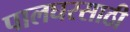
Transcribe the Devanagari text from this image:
पालघरसाठी